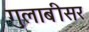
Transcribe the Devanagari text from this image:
गुलाबीसर